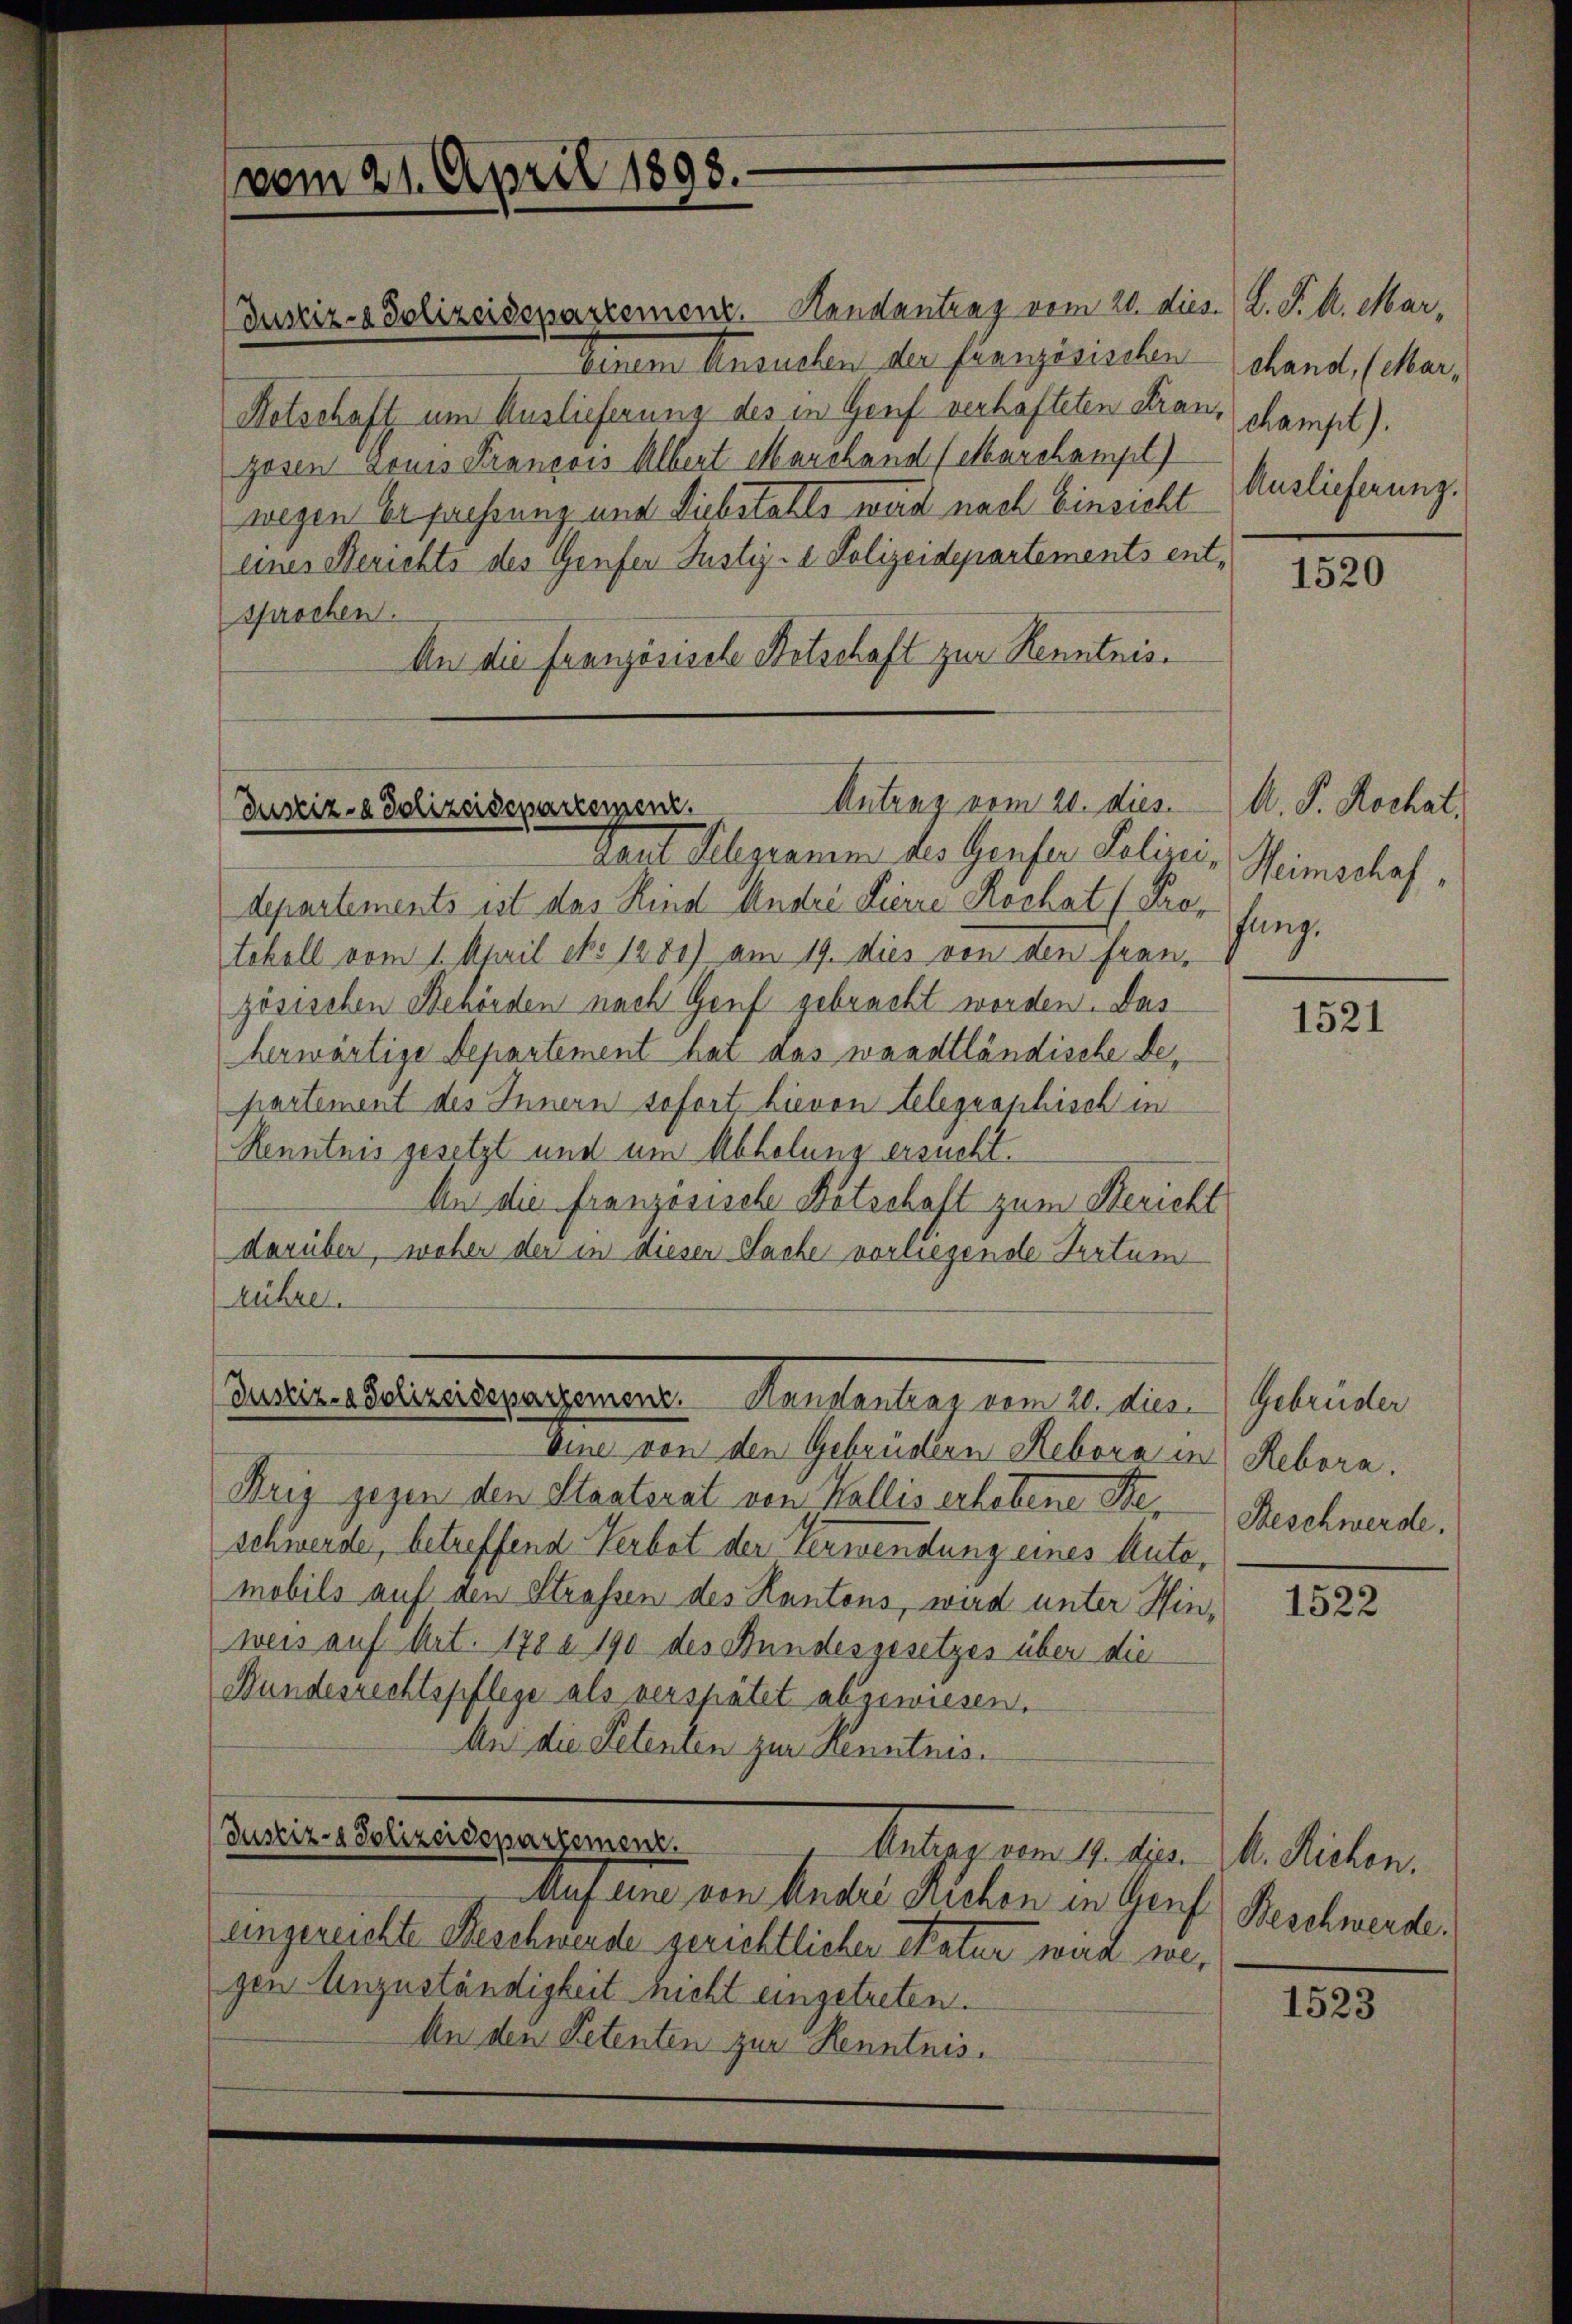
vom 21. April 1898.

(Justiz- & Polizeidepartemenz. Handantrag vom 20. dies. L. P. M. Mar,
Senten Ansuchen der französischen
Retschaft um Auslieferung des in Genf verhafteten Frau, champt).
gosen Louis François Albert Marchand (earchampt)
wegen Erpressung und Liebstahls weid nach Einsicht
eines Berichts des Genfer Justiz- & Polizeidepartements entsprochen.
An die Französische Betschaft zur Kenntnis¬

Antrag vom 20. dies
Justiz- & Polizeidepartement.

Justiz- & Polizeideparzerenz. Hanslantrag vom 20. dies

Laut Abgramm des Genter Polini,
departements ist das Kind Andre Pierre Kochat (Protokoll vom 1. April No 1280) am 19. dies von den Franz
zösischen Behörden nach Genf gebracht worden. Das
herwärtige Departement hat das waadtländische Departement des Innern sofort, hievon telegraphisch in
Kenntnis gesetzt und um Abholung ersucht.
An die französische Botschaft zum Bericht
darüber, woher der in diesen Sache vorliegende Irrtum
rühre.
Sine von den Gebrüdern Rebera in Rekora.
Krig gegen den Staaterat von Wallis erhobene Ste
schwerde, betreffend Verbot der Verwendung eines Autemobils auf den Strassen des Kantons, wird unter Hinweis auf Art. 178 n 190 des Bundesgesetzes über die
Bundesrechtspflege als verspätet abgewiesen.
An die Petenten zur Kenntnis.
Justiz- & Polizeidepartement.
Aeber am 1. 12.
Auf eine von Ander auchen in Genf
engereichte Beschwerde gerichtlicher Natur wird wegen Anzuständigkeit nicht eingetreten.
An den Petenten zur Kenntnis.

chand, (Mar,
Auslieferung.

1520

A. P. Rochet.
Heimschaf
fang.

1521

Gebrüder
Beschwerde.

1522

k. Richen.
Beschwerde.

1523